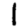
Digit: 1